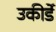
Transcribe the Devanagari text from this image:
उकीर्डे